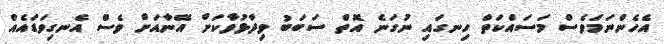
އެހެންނަމަވެސް މަސައްކަތް ހިނގައި ނުގަނެ އޮތް ސަބަބު ވިދާޅުވާކަށް އޭނާއަށް ވެސް އެނގިވަޑައެއް